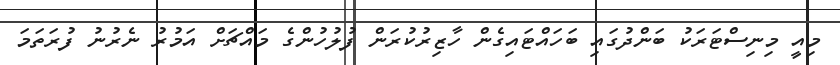
މިއީ މިނިސްޓަރަކު ބަންދުގައި ބަހައްޓައިގެން ހާޒިރުކުރަން ފުލުހުންގެ މައްޗަށް އަމުރު ނެރުނު ފުރަތަމަ